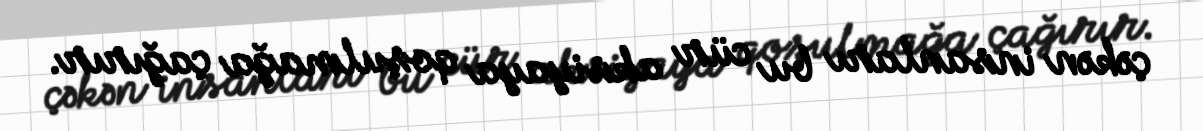
çəkən insanları bu cür aksiyaya qoşulmağa çağırır.